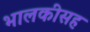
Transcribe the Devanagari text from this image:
भालकीसह